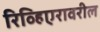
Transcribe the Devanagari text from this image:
रिव्हिएरावरील